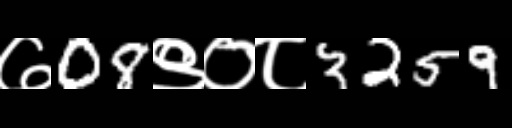
Text: ७08९०८3259